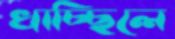
খাচ্ছিলে